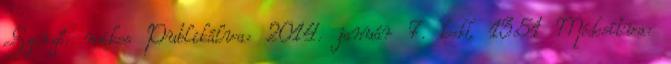
Szerző: mikes Publikálva: 2014. január 7. kedd, 13:51 Módosítva: